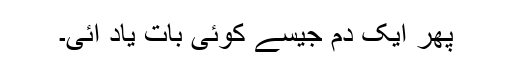
پھر ایک دم جیسے کوئی بات یاد آئی۔